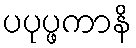
ပပုပ္ဖကာနိ